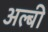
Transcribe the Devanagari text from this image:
अल्बी